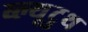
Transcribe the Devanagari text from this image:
ब्ल्यूटुथ